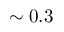
\sim 0 . 3